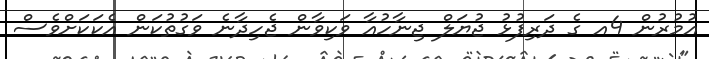
އުމުރުން 4އ ގެ ދަރިފުޅު ޖުޔަލް ޖިނާހުއާ ވަކިވާން ޖެހިދާނެ ވަގުތުކަން އެކަކަށްވެސް